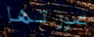
صورتها